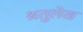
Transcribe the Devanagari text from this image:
श्रतुलेख